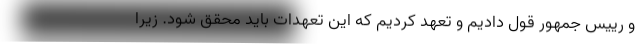
و رییس جمهور قول دادیم و تعهد کردیم که این تعهدات باید محقق شود. زیرا